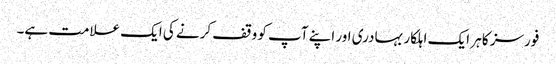
فورسز کا ہر ایک اہلکار بہادری اور اپنے آپ کو وقف کرنے کی ایک علامت ہے۔